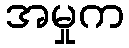
အမှုက